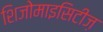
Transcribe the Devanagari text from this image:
शिजोमाइसिटीज़